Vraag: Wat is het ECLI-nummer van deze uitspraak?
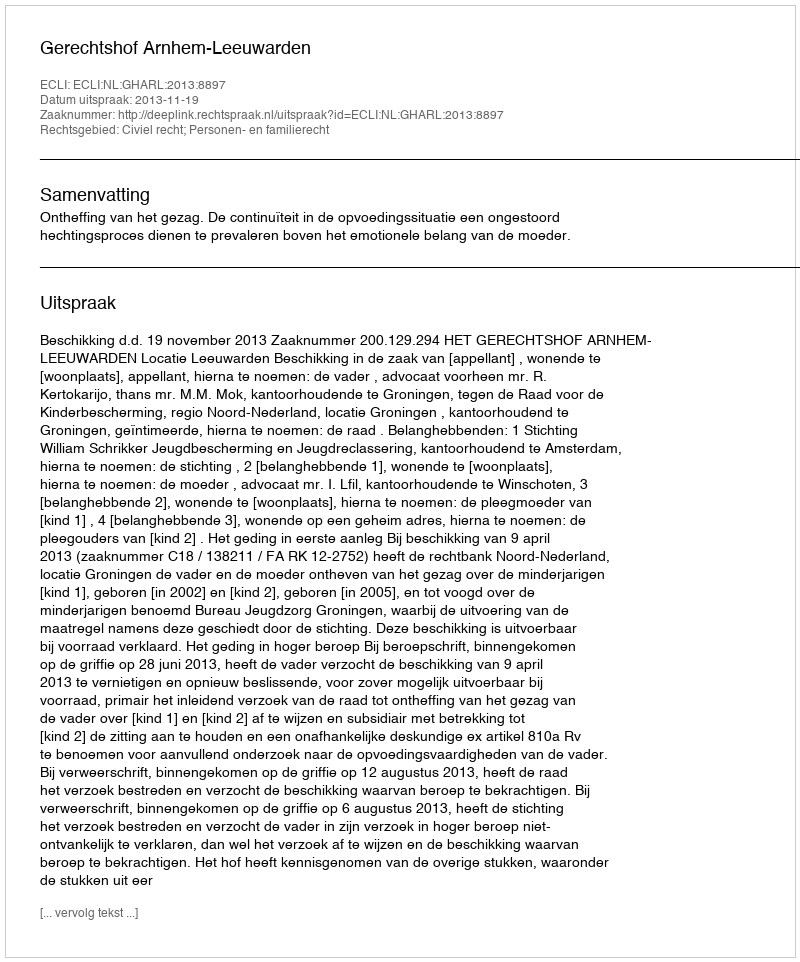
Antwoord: ECLI:NL:GHARL:2013:8897